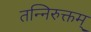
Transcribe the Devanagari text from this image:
तन्निरुक्तम्